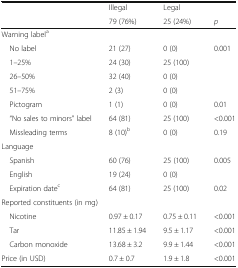
<table><thead><tr><td></td><td><b>Illegal</b></td><td><b>Legal</b></td><td></td></tr><tr><td></td><td><b>79 (76%)</b></td><td><b>25 (24%)</b></td><td><b><i>p</i></b></td></tr></thead><tbody><tr><td colspan="4">Warning label<sup>a</sup></td></tr><tr><td> No label</td><td>21 (27)</td><td>0 (0)</td><td>0.001</td></tr><tr><td> 1–25%</td><td>24 (30)</td><td>25 (100)</td><td></td></tr><tr><td> 26–50%</td><td>32 (40)</td><td>0 (0)</td><td></td></tr><tr><td> 51–75%</td><td>2 (3)</td><td>0 (0)</td><td></td></tr><tr><td> Pictogram</td><td>1 (1)</td><td>0 (0)</td><td>0.01</td></tr><tr><td> “No sales to minors” label</td><td>64 (81)</td><td>25 (100)</td><td>&lt;0.001</td></tr><tr><td> Missleading terms</td><td>8 (10)<sup>b</sup></td><td>0 (0)</td><td>0.19</td></tr><tr><td colspan="4">Language</td></tr><tr><td> Spanish</td><td>60 (76)</td><td>25 (100)</td><td>0.005</td></tr><tr><td> English</td><td>19 (24)</td><td>0 (0)</td><td></td></tr><tr><td> Expiration date<sup>c</sup></td><td>64 (81)</td><td>25 (100)</td><td>0.02</td></tr><tr><td colspan="4">Reported constituents (in mg)</td></tr><tr><td> Nicotine</td><td>0.97 ± 0.17</td><td>0.75 ± 0.11</td><td>&lt;0.001</td></tr><tr><td> Tar</td><td>11.85 ± 1.94</td><td>9.5 ± 1.17</td><td>&lt;0.001</td></tr><tr><td> Carbon monoxide</td><td>13.68 ± 3.2</td><td>9.9 ± 1.44</td><td>&lt;0.001</td></tr><tr><td>Price (in USD)</td><td>0.7 ± 0.7</td><td>1.9 ± 1.8</td><td>&lt;0.001</td></tr></tbody></table>